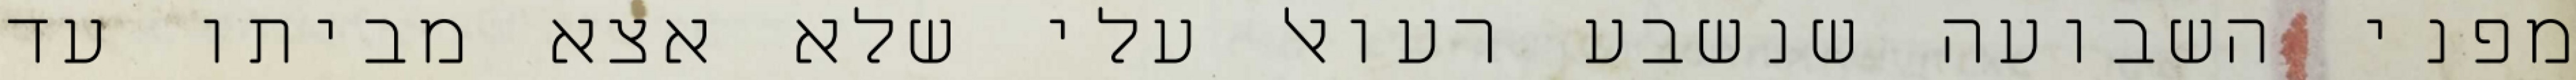
מפני השבועה שנשבע רעואל עלי שלא אצא מביתו עד